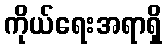
ကိုယ်ရေးအရာရှိ